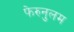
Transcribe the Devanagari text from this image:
फेरुनुलम